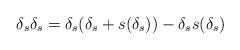
LaTeX: \begin{align*}\delta_s \delta_s = \delta_s (\delta_s + s(\delta_s)) - \delta_s s(\delta_s)\end{align*}